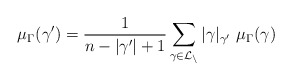
\begin{align*}\mu_\Gamma(\gamma') = \frac{1}{n - |\gamma'| +1} \sum_{\gamma \in \cal L_n} |\gamma|_{\gamma'} \,\, \mu_\Gamma(\gamma)\end{align*}